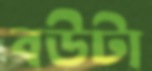
বউটা